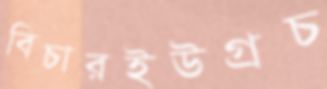
বিচারইউগ্‌রচ